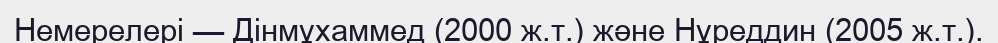
Немерелері — Дінмұхаммед (2000 ж.т.) және Нұреддин (2005 ж.т.).